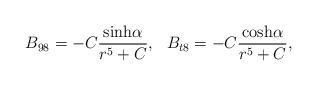
LaTeX: \begin{align*}B_{98} = - C {{{\rm sinh}\alpha}\over{r^5 + C}}, \>\>\>B_{t8} = - C {{{\rm cosh}\alpha}\over{r^5 + C}}, \end{align*}